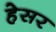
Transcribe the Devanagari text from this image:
हेसर